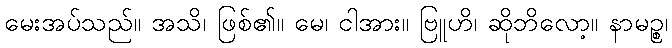
မေးအပ်သည်။ အသိ၊ ဖြစ်၏။ မေ၊ ငါအား။ ဗြူဟိ၊ ဆိုဘိလော့။ နာမဉ္စ၊